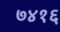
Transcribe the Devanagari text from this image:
७४१६